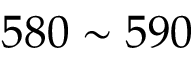
5 8 0 \sim 5 9 0